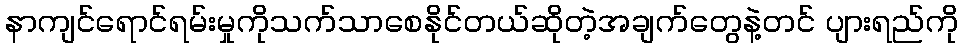
နာကျင်ရောင်ရမ်းမှုကိုသက်သာစေနိုင်တယ်ဆိုတဲ့အချက်တွေနဲ့တင် ပျားရည်ကို